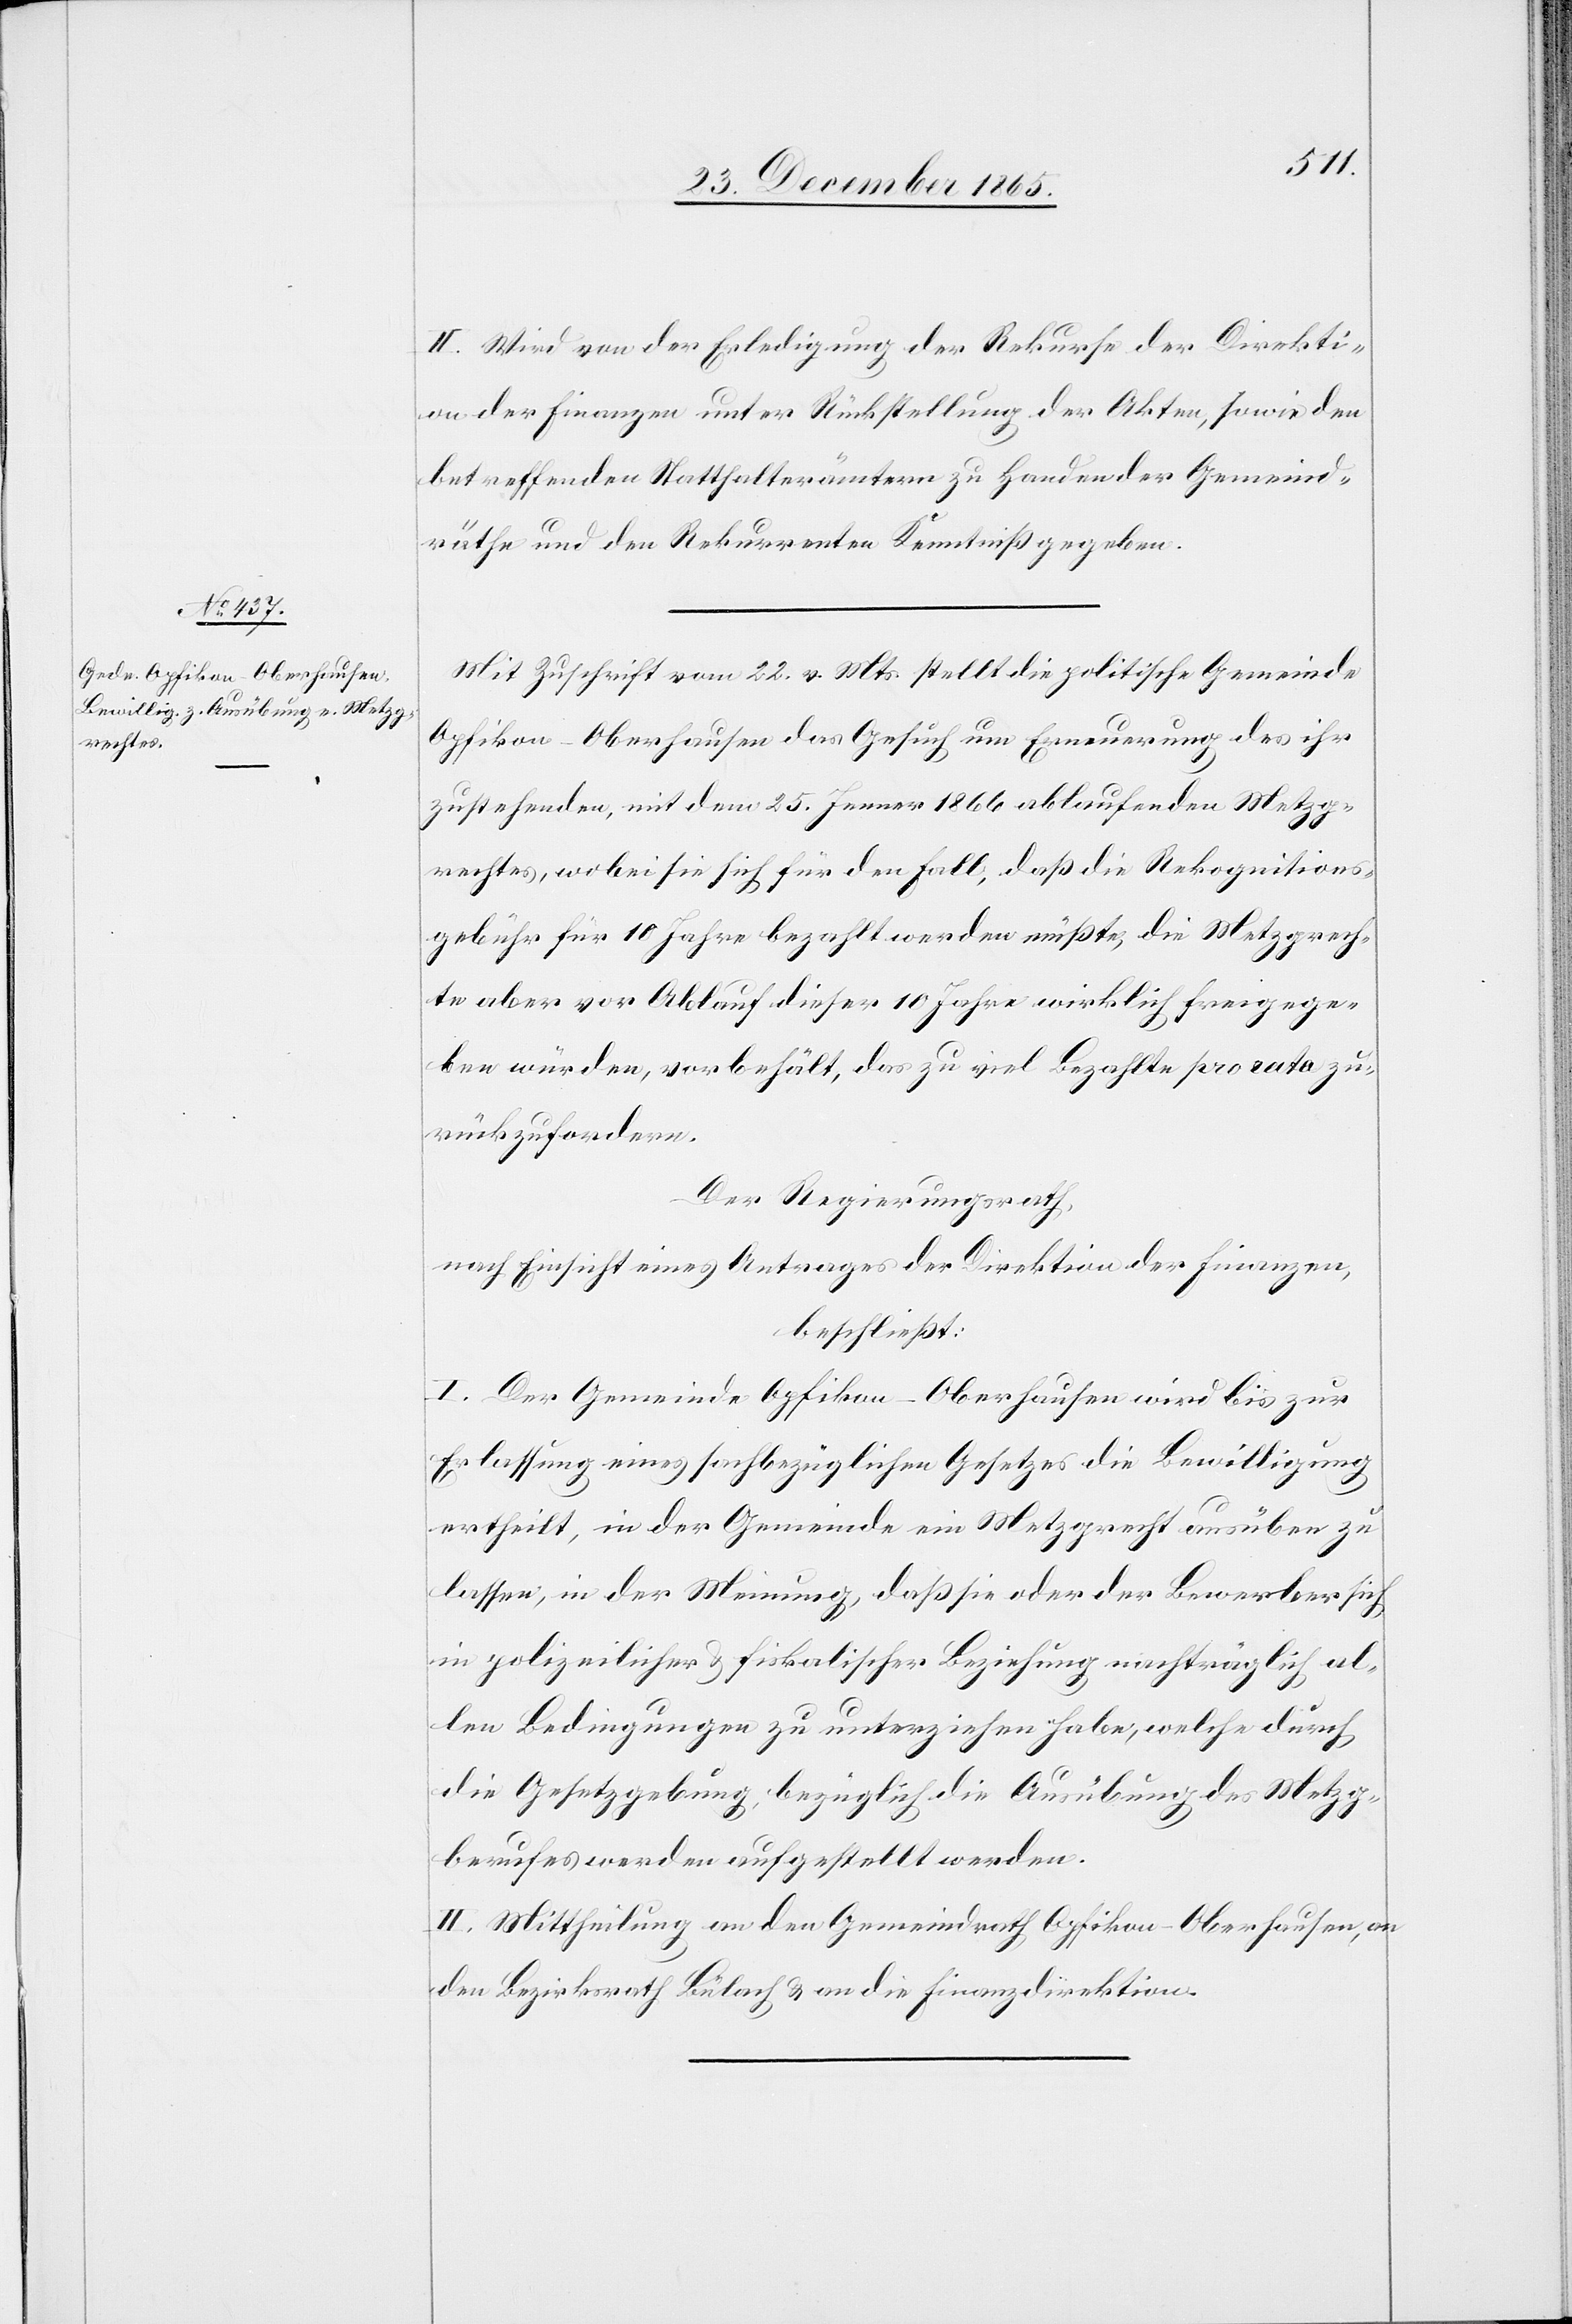
II. Wird von der Erledigung der Rekurse der Direkti¬
on der Finanzen unter Rückstellung der Akten, sowie den
betreffenden Statthalterämtern zu Handen der Gemeind¬
räthe und der Rekurrenten Kenntniß gegeben.
Mit Zuschrift vom 22. v. Mts. stellt die politische Gemeinde
Opfikon-Oberhausen das Gesuch um Erneuerung des ihr
zustehenden, mit dem 25. Januar 1866 ablaufenden Metzg¬
rechtes, wobei sie sich für den Fall, daß die Rekognitions¬
gebühr für 10 Jahre bezahlt werden müßte, die Metzrech¬
te aber vor Ablauf dieser 10 Jahre wirklich freigege¬
ben würden, vorbehält, das zu viel Bezahlte pro rata zu¬
rückzufordern.
Der Regierungsrath,
nach Einsicht eines Antrages der Direktion der Finanzen,
beschließt:
I. Der Gemeinde Opfikon-Oberhausen wird bis zur
Erlassung eines fachbezüglichen Gesetzes die Bewilligung
ertheilt, in der Gemeinde ein Metzgrecht ausüben zu
lassen, in der Meinung, daß sie oder der Bewerber sich
in polizeilicher & fiskalischer Beziehung nachträglich al¬
len Bedingungen zu unterziehen habe, welche durch
die Gesetzgebung, bezüglich die Ausübung des Metzg¬
berufes werden aufgestellt werden.
II. Mittheilung an den Gemeindrath Opfikon-Oberhausen, an
den Bezirksrath Bülach & an die Finanzdirektion.